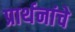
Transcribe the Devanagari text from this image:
प्रार्थनांचे